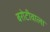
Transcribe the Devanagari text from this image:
बरोटीवाला